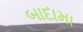
બાદામા